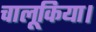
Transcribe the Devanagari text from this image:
चालूकिया।